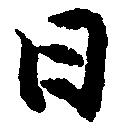
日